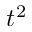
t ^ { 2 }